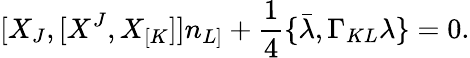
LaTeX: [X_{J},[X^{J},X_{[K}]]n_{L]}+{\frac{1}{4}}\{ \bar{\lambda},\Gamma_{KL}\lambda\} =0.